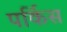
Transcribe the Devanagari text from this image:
पर्किस